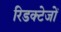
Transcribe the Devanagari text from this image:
रिडक्टेजों